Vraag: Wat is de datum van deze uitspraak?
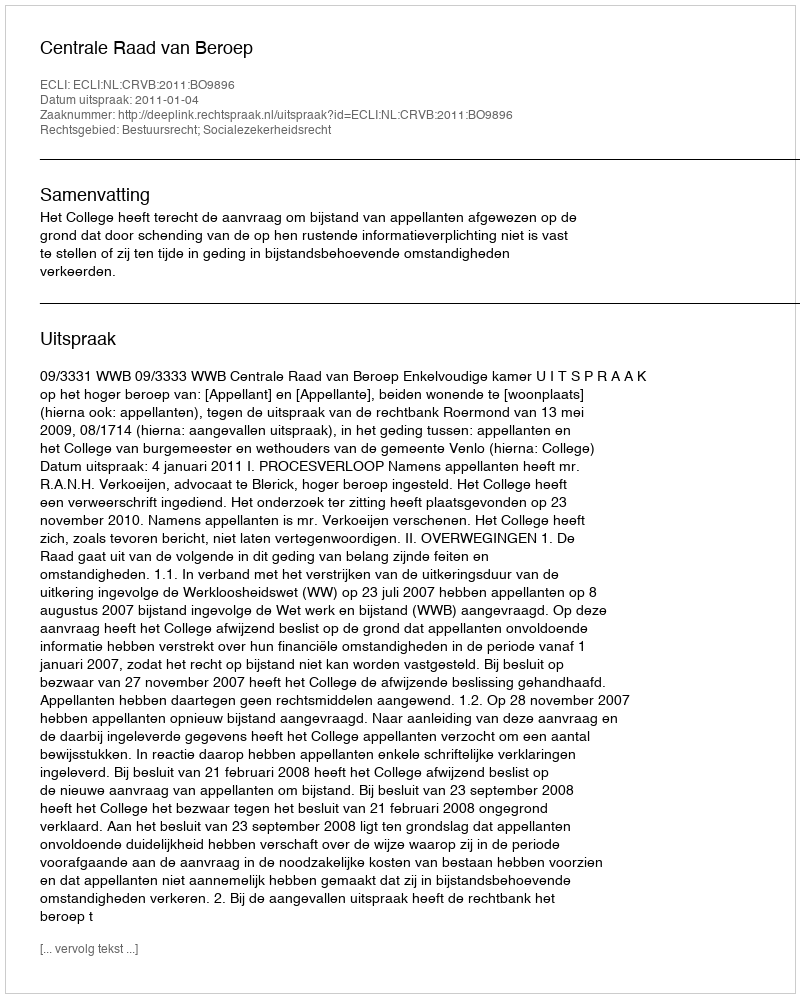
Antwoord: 2011-01-04